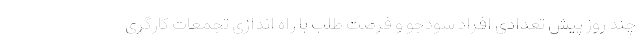
چند روز پیش تعدادی افراد سودجو و فرصت طلب با راه اندازی تجمعات کارگری